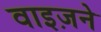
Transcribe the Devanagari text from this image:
वाइज़ने